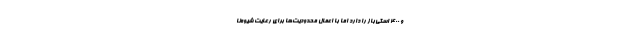
و ۴۰۰ اسکی‌باز را دارد اما با اعمال محدودیت‌ها برای رعایت شیوه‌نا